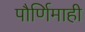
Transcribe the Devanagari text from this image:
पौर्णिमाही